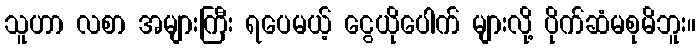
သူဟာ လစာ အများကြီး ရပေမယ့် ငွေယိုပေါက် များလို့ ပိုက်ဆံမစုမိဘူး။